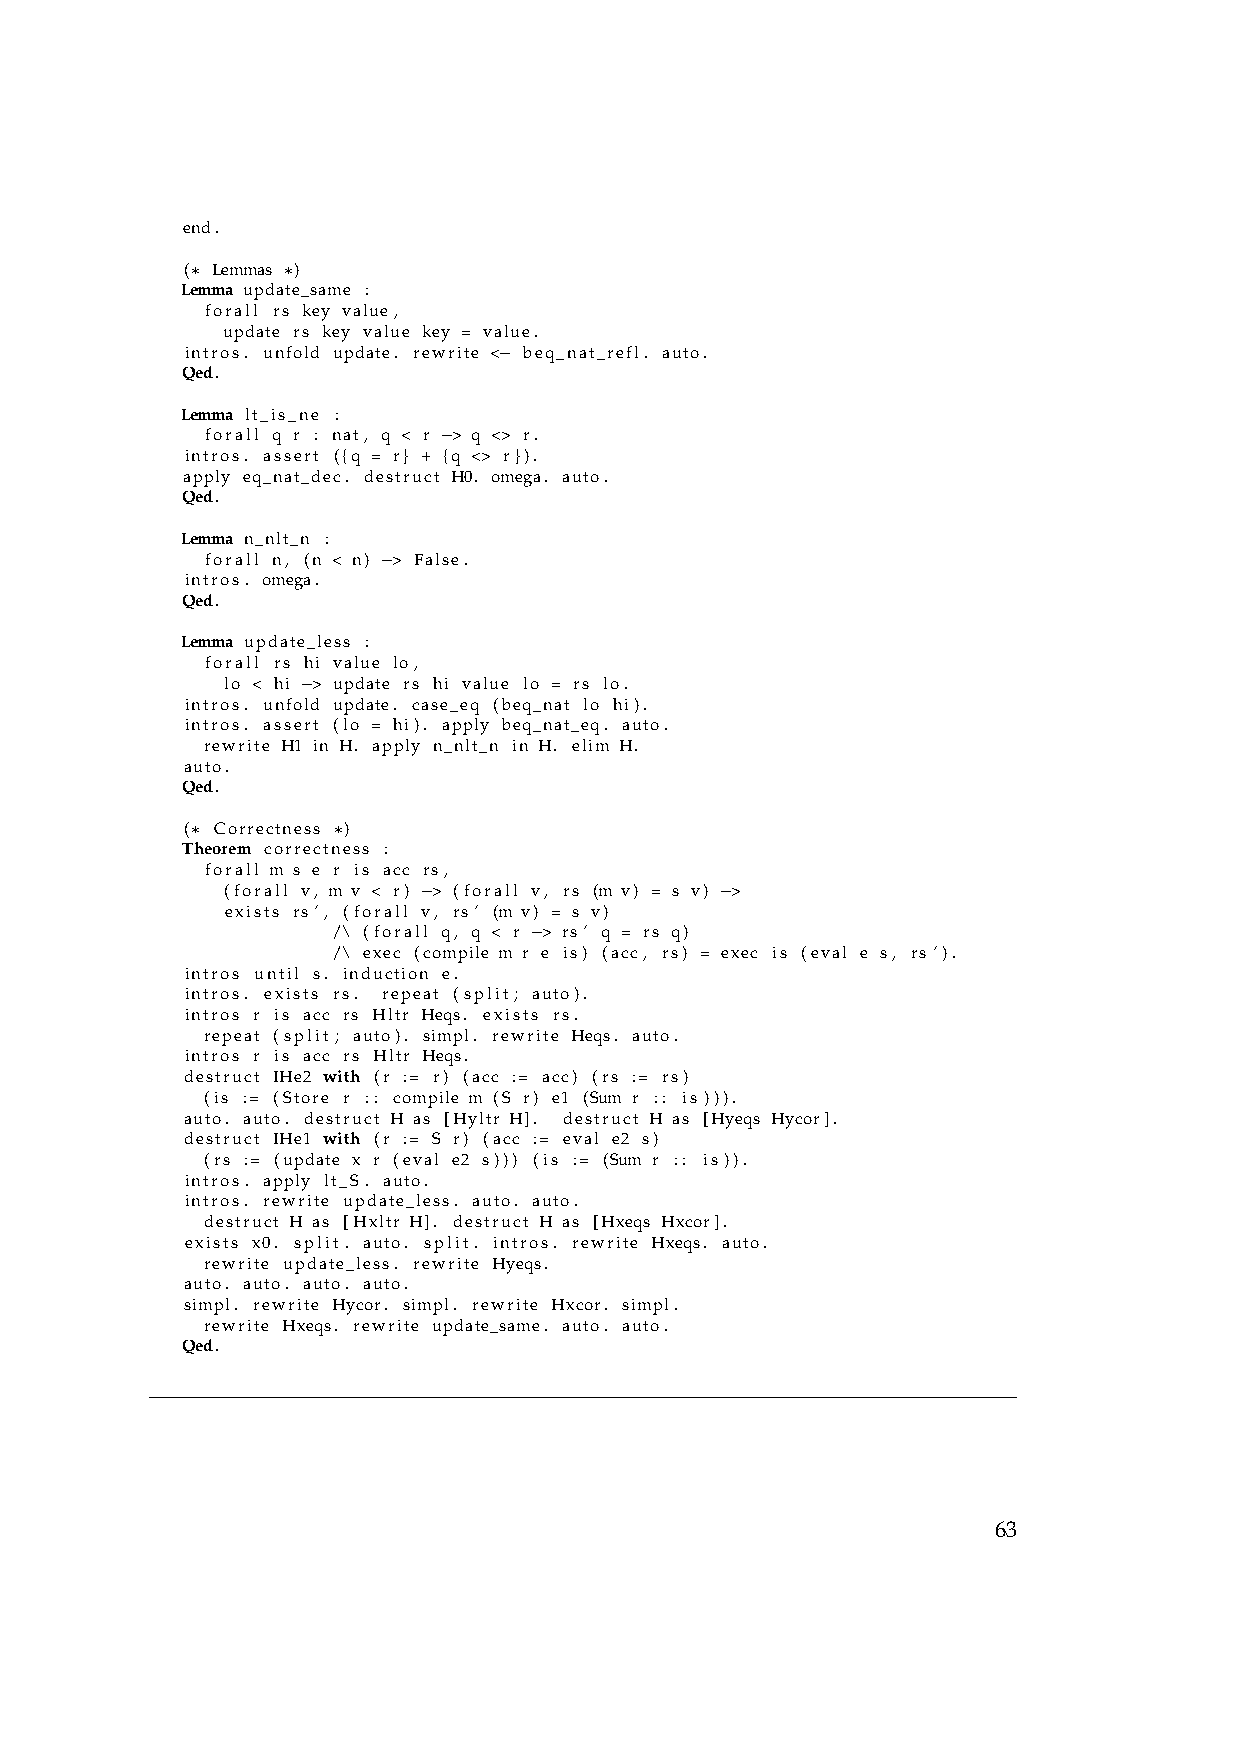
end.
 (∗ Lemmas ∗)
 Lemma update_same :
 forall rs key value,
 update rs key value key = value.
 intros. unfold update. rewrite <− beq_nat_refl. auto.
 Qed.
 Lemma lt_is_ne :
 forall q r : nat, q < r −> q <> r.
 intros. assert ({q = r} + {q <> r}).
 apply eq_nat_dec. destruct H0. omega. auto.
 Qed.
 Lemma n_nlt_n :
 forall n, (n < n) −> False.
 intros. omega.
 Qed.
 Lemma update_less :
 forall rs hi value lo,
 lo < hi −> update rs hi value lo = rs lo.
 intros. unfold update. case_eq (beq_nat lo hi).
 intros. assert (lo = hi). apply beq_nat_eq. auto.
 rewrite H1 in H. apply n_nlt_n in H. elim H.
 auto.
 Qed.
 (∗ Correctness ∗)
 Theorem correctness :
 forall m s e r is acc rs,
 (forall v, m v < r) −> (forall v, rs (m v) = s v) −>
 exists rs’, (forall v, rs’ (m v) = s v)
 /\ (forall q, q < r −> rs’ q = rs q)
 /\ exec (compile m r e is) (acc, rs) = exec is (eval e s, rs ’).
 intros until s. induction e.
 intros. exists rs. repeat (split; auto).
 intros r is acc rs Hltr Heqs. exists rs.
 repeat (split; auto). simpl. rewrite Heqs. auto.
 intros r is acc rs Hltr Heqs.
 destruct IHe2 with (r := r) (acc := acc) (rs := rs)
 (is := (Store r :: compile m (S r) e1 (Sum r :: is ))).
 auto. auto. destruct H as [Hyltr H]. destruct H as [Hyeqs Hycor].
 destruct IHe1 with (r := S r) (acc := eval e2 s)
 (rs := (update x r (eval e2 s))) (is := (Sum r :: is )).
 intros. apply lt_S. auto.
 intros. rewrite update_less. auto. auto.
 destruct H as [Hxltr H]. destruct H as [Hxeqs Hxcor].
 exists x0. split. auto. split. intros. rewrite Hxeqs. auto.
 rewrite update_less. rewrite Hyeqs.
 auto. auto. auto. auto.
 simpl. rewrite Hycor. simpl. rewrite Hxcor. simpl.
 rewrite Hxeqs. rewrite update_same. auto. auto.
 Qed.
 63